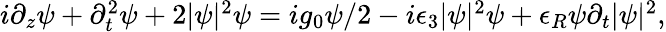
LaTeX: \begin{array}{r}{i\partial_{z}\psi+\partial_{t}^{2}\psi+2|\psi|^{2}\psi=ig_{0}\psi/2-i\epsilon_{3}|\psi|^{2}\psi+\epsilon_{R}\psi\partial_{t}|\psi|^{2},}\end{array}